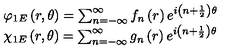
\begin{array} { l } { \varphi _ { 1 E } \left( r , \theta \right) = \sum _ { n = - \infty } ^ { \infty } f _ { n } \left( r \right) e ^ { i \left( n + \frac { 1 } { 2 } \right) \theta } } \\ { \chi _ { 1 E } \left( r , \theta \right) = \sum _ { n = - \infty } ^ { \infty } g _ { n } \left( r \right) e ^ { i \left( n + \frac { 1 } { 2 } \right) \theta } } \\ \end{array}